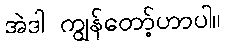
အဲဒါ ကျွန်တော့်ဟာပါ။